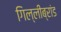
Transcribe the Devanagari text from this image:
गिल्लीब्रांड